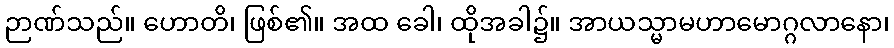
ဉာဏ်သည်။ ဟောတိ၊ ဖြစ်၏။ အထ ခေါ၊ ထိုအခါ၌။ အာယသ္မာမဟာမောဂ္ဂလာနော၊